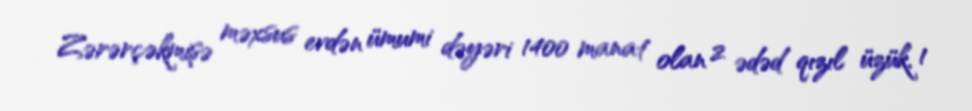
Zərərçəkmişə məxsus evdən ümumi dəyəri 1400 manat olan 2 ədəd qızıl üzük, 1